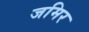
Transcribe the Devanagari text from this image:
जमिर